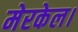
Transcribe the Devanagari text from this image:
मेरकेल।